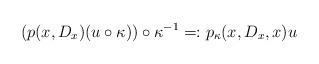
LaTeX: \begin{align*}(p(x,D_x)(u\circ\kappa))\circ\kappa^{-1}=:p_\kappa(x,D_x,x)u\end{align*}